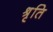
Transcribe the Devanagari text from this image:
श्रृति